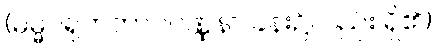
(ဓမ္မဂရုကဘာဝဝဏ္ဏနာ ခန်း၌လည်း ရှိ၏)။